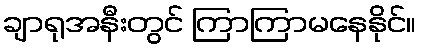
ချာရုအနီးတွင် ကြာကြာမနေနိုင်။